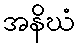
အနိဃံ